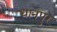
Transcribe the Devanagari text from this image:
धानपुर